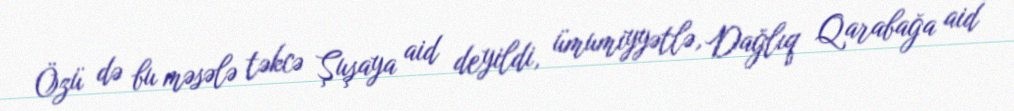
Özü də bu məsələ təkcə Şuşaya aid deyildi, ümumiyyətlə, Dağlıq Qarabağa aid